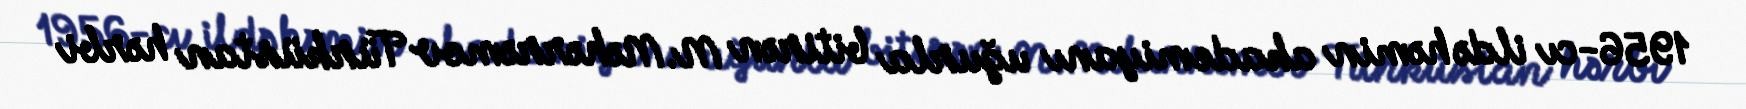
1956-cı ildə həmin akademiyanı uğurla bitirən M.Məhərrəmov Türküstan hərbi